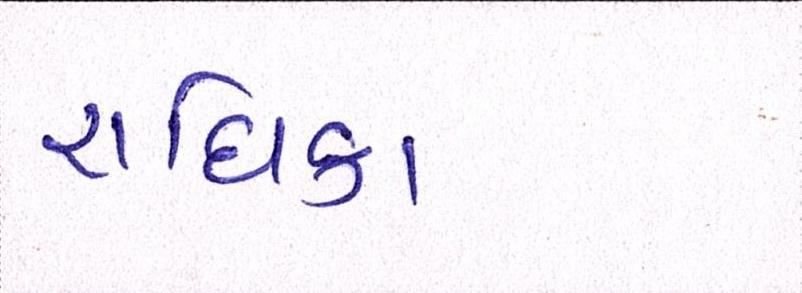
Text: રાધિકા